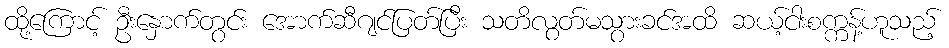
ထို့ကြောင့် ဦးနှောက်တွင်း အောက်ဆီဂျင်ပြတ်ပြီး သတိလွတ်မသွားခင်အထိ ဆယ့်ငါးစက္ကန့်ဟူသည့်